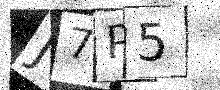
Text: J7P5